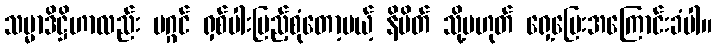
သမ္မာဒိဋ္ဌိဟာလည်း မဂ္ဂင် ရှစ်ပါးပြည့်စုံတော့မယ့် နိမိတ် သို့မဟုတ် ရှေ့ပြေးအကြောင်းခံပါ။